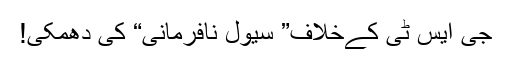
جی ایس ٹی کےخلاف” سیول نافرمانی“ کی دھمکی!